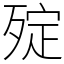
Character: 㱨